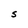
Character: S